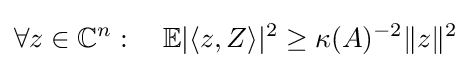
\forall z\in \mathbb {C} ^{n}:\quad \mathbb {E} |\langle z,Z\rangle |^{2}\geq \kappa (A)^{-2}{\|z\|^{2}}